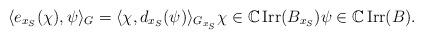
LaTeX: \begin{align*}\langle e_{x_S}(\chi),\psi\rangle_G=\langle\chi,d_{x_S}(\psi)\rangle_{G_{x_S}}\chi\in\mathbb{C}\operatorname{Irr}(B_{x_S})\psi\in\mathbb{C}\operatorname{Irr}(B).\end{align*}